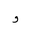
Letter: _waw